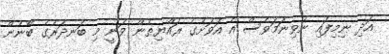
އަދި ނިމިފައި ނުވިނަމަވެސް އެ އަވަށުގެ ރައްޔިތުން ވަނީ މި ބަނދަރުގެ ބޭނުން